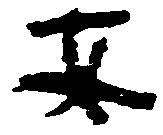
安